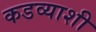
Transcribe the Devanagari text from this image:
कडव्याशी